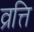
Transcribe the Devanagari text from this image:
व्रत्ति